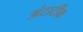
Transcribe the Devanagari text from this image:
अंटार्टीक